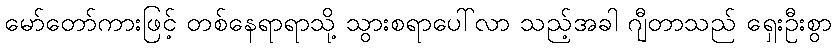
မော်တော်ကားဖြင့် တစ်နေရာရာသို့ သွားစရာပေါ်လာ သည့်အခါ ဂျီတာသည် ရှေးဦးစွာ